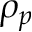
\rho _ { p }